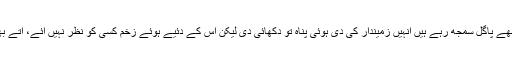
جو لوگ مجھے پاگل سمجھ رہے ہیں انہیں زمیندار کی دی ہوئی پناہ تو دکھائی دی لیکن اْس کے دئیے ہوئے زخم کسی کو نظر نہیں آئے، آتے بھی کیونکر؟